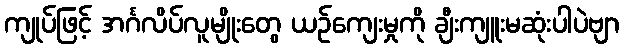
ကျုပ်ဖြင့် အင်္ဂလိပ်လူမျိုးတွေ ယဉ်ကျေးမှုကို ချီးကျူးမဆုံးပါပဲဗျာ